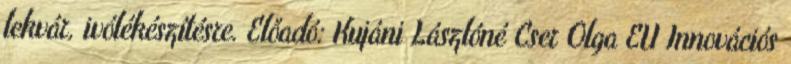
lekvár, ivólékészítésre. Előadó: Kujáni Lászlóné Cser Olga EU Innovációs